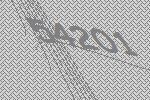
54201